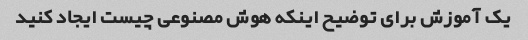
یک آموزش برای توضیح اینکه هوش مصنوعی چیست ایجاد کنید